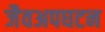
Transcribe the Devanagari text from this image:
जैवअपघटन